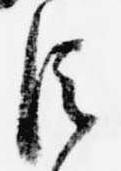
臣